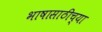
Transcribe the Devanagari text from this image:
भाषासाठीच्या